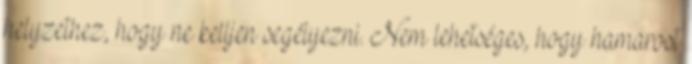
helyzethez, hogy ne kelljen segélyezni. Nem lehetséges, hogy hamarost